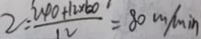
2 = \frac { 2 4 0 + 1 2 \times 6 0 } { 1 2 } = 8 0 m / \min